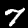
Label: 7